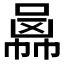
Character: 𠚙